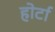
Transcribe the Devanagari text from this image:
होर्टा